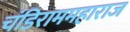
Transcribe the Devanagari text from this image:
चंडिराममहाराज